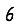
Digit: 6